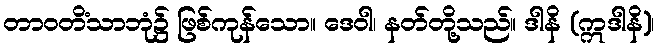
တာဝတိံသာဘုံ၌ ဖြစ်ကုန်သော။ ဒေဝါ၊ နတ်တို့သည်။ ဒါနိ (ဣဒါနိ)၊